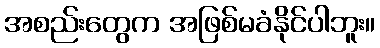
အစည်းတွေက အဖြစ်မခံနိုင်ပါဘူး။